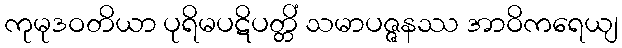
ကုမုဒဝတိယာ ပုရိမပဋိပတ္တိံ သမာပဇ္ဇနဿ အာဝိကရေယျ